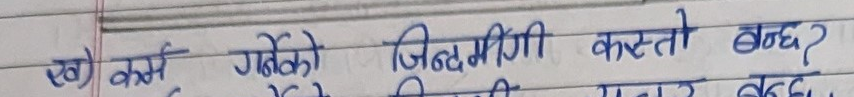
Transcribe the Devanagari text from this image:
ख) कर्म गरेको जिन्दगी कस्तो बन्छ?